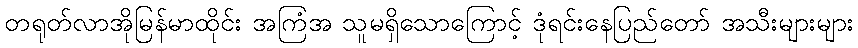
တရုတ်လာအိုမြန်မာထိုင်း အကြံအ သူမရှိသောကြောင့် ဒုံရင်းနေပြည်တော် အသီးများများ